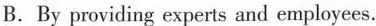
B.By providing experts and employees.